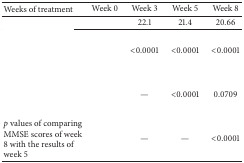
<table><thead><tr><td><b>Weeks of treatment</b></td><td><b>Week 0</b></td><td><b>Week 3</b></td><td><b>Week 5</b></td><td><b>Week 8</b></td></tr></thead><tbody><tr><td>[EMPTY_CELL]</td><td>[EMPTY_CELL]</td><td>22.1</td><td>21.4</td><td>20.66</td></tr><tr><td>[EMPTY_CELL]</td><td>[EMPTY_CELL]</td><td>&lt;0.0001</td><td>&lt;0.0001</td><td>&lt;0.0001</td></tr><tr><td>[EMPTY_CELL]</td><td>[EMPTY_CELL]</td><td>—</td><td>&lt;0.0001</td><td>0.0709</td></tr><tr><td><i>p</i> values of comparing MMSE scores of week 8 with the results of week 5 </td><td>[EMPTY_CELL]</td><td>—</td><td>—</td><td>&lt;0.0001</td></tr></tbody></table>